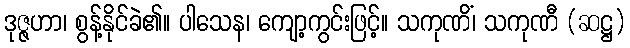
ဒုဇ္ဇဟာ၊ စွန့်နိုင်ခဲ၏။ ပါသေန၊ ကျော့ကွင်းဖြင့်။ သကုဏိံ၊ သကုဏီ (ဆဋ္ဌ)